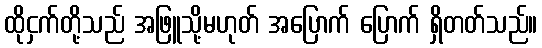
ထိုငှက်တို့သည် အဖြူသို့မဟုတ် အပြောက် ပြောက် ရှိတတ်သည်။